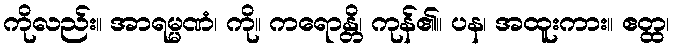
ကိုလည်း။ အာရမ္မဏံ၊ ကို။ ကရောန္တိ၊ ကုန်၏။ ပန၊ အထူးကား။ ဧတ္ထ၊